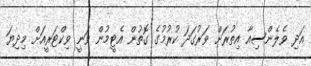
އަދި ވެލެންސިއާ އިތުރަށް ވަރުގަދަ ކުރުމުގެ ގޮތުން އެޓީމުން ވަނީ ވިކްޓަރީއަށް މިދިޔަ